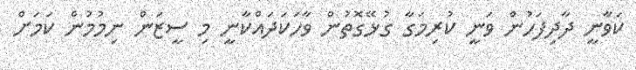
ކަވާނީ ދާދިފަހުން ވަނީ ކުރިމަގާ ގުޅޭގޮތުން ވާހަކަދައްކާނީ މި ސީޒަން ނިމުމުން ކަމަށް